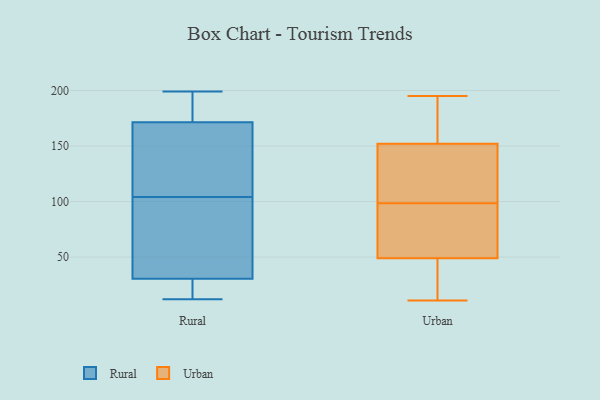
{"axis": {"x": "Production Output", "y": "Value"}, "legend": ["Rural", "Urban"], "data": [{"x": "", "y": 183, "type": "Rural"}, {"x": "", "y": 24, "type": "Rural"}, {"x": "", "y": 128, "type": "Rural"}, {"x": "", "y": 78, "type": "Rural"}, {"x": "", "y": 103, "type": "Rural"}, {"x": "", "y": 66, "type": "Rural"}, {"x": "", "y": 26, "type": "Rural"}, {"x": "", "y": 22, "type": "Rural"}, {"x": "", "y": 156, "type": "Rural"}, {"x": "", "y": 191, "type": "Rural"}, {"x": "", "y": 12, "type": "Rural"}, {"x": "", "y": 105, "type": "Rural"}, {"x": "", "y": 180, "type": "Rural"}, {"x": "", "y": 35, "type": "Rural"}, {"x": "", "y": 199, "type": "Rural"}, {"x": "", "y": 163, "type": "Rural"}, {"x": "", "y": 96, "type": "Urban"}, {"x": "", "y": 176, "type": "Urban"}, {"x": "", "y": 195, "type": "Urban"}, {"x": "", "y": 101, "type": "Urban"}, {"x": "", "y": 35, "type": "Urban"}, {"x": "", "y": 21, "type": "Urban"}, {"x": "", "y": 152, "type": "Urban"}, {"x": "", "y": 49, "type": "Urban"}, {"x": "", "y": 95, "type": "Urban"}, {"x": "", "y": 156, "type": "Urban"}, {"x": "", "y": 178, "type": "Urban"}, {"x": "", "y": 11, "type": "Urban"}, {"x": "", "y": 137, "type": "Urban"}, {"x": "", "y": 21, "type": "Urban"}, {"x": "", "y": 56, "type": "Urban"}, {"x": "", "y": 58, "type": "Urban"}, {"x": "", "y": 137, "type": "Urban"}, {"x": "", "y": 107, "type": "Urban"}]}